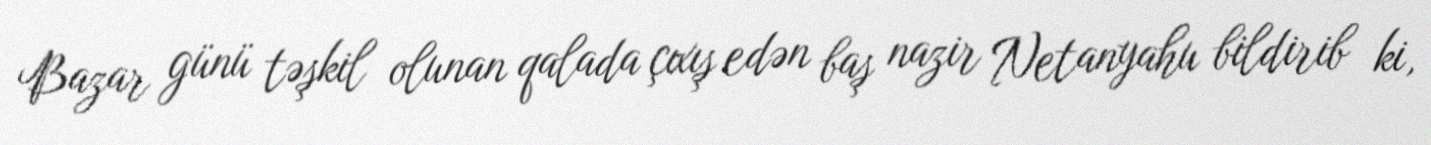
Bazar günü təşkil olunan qalada çıxış edən baş nazir Netanyahu bildirib ki,